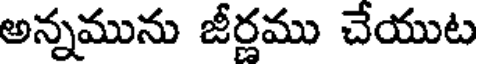
అన్నమును జీర్ణము చేయుట